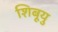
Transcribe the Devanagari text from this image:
शिबूयु